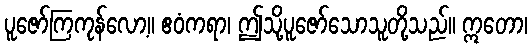
ပူဇော်ကြကုန်လော့။ ဧဝံကရာ၊ ဤသို့ပူဇော်သောသူတို့သည်။ ဣတော၊